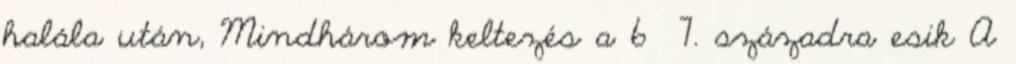
halála után, Mindhárom keltezés a 6 7. századra esik A